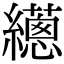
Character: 𦇎